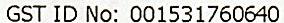
GST ID NO: 001531760640